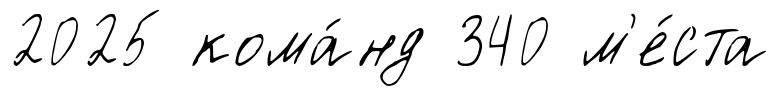
2025 кома́нд 340 м'е́ста